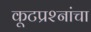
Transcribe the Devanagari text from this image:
कूटप्रश्नांचा